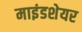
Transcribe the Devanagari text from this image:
माइंडशेयर